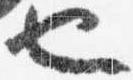
也